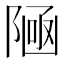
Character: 𱀩